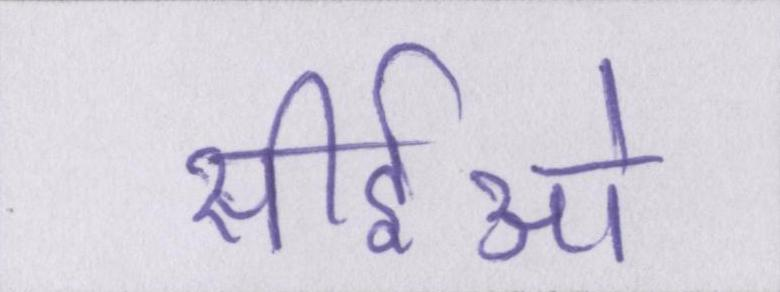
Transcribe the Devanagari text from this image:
सीईओ